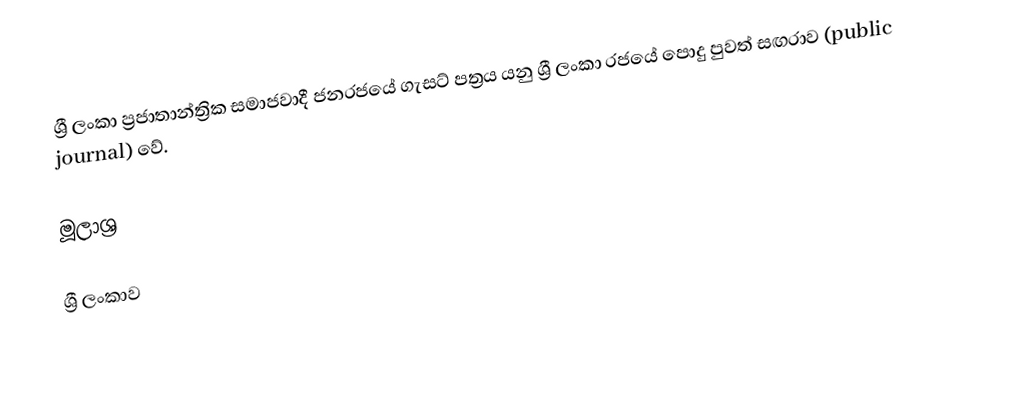
ශ්‍රී ලංකා ප්‍රජාතාන්ත්‍රික සමාජවාදී ජනරජයේ ගැසට් පත්‍රය යනු ශ්‍රී ලංකා රජයේ පොදු පුවත් සඟරාව (public journal) වේ.

මූලාශ්‍ර

ශ්‍රී ලංකාව